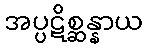
အပ္ပဋိစ္ဆန္နာယ